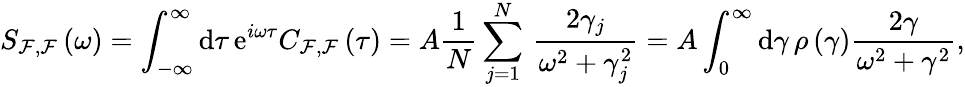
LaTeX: S_{\mathcal{F},\mathcal{F}}\left(\omega\right)=\int_{-\infty}^{\infty}\mathrm{d}\tau\, \mathrm{e}^{i\omega\tau}C_{\mathcal{F},\mathcal{F}}\left(\tau\right)=A\frac{1}{N}\sum_{j=1}^{N}\, \frac{2\gamma_{j}}{\omega^{2}+\gamma_{j}^{2}}=A\int_{0}^{\infty}\mathrm{d}\gamma\, \rho\left(\gamma\right)\frac{2\gamma}{\omega^{2}+\gamma^{2}},